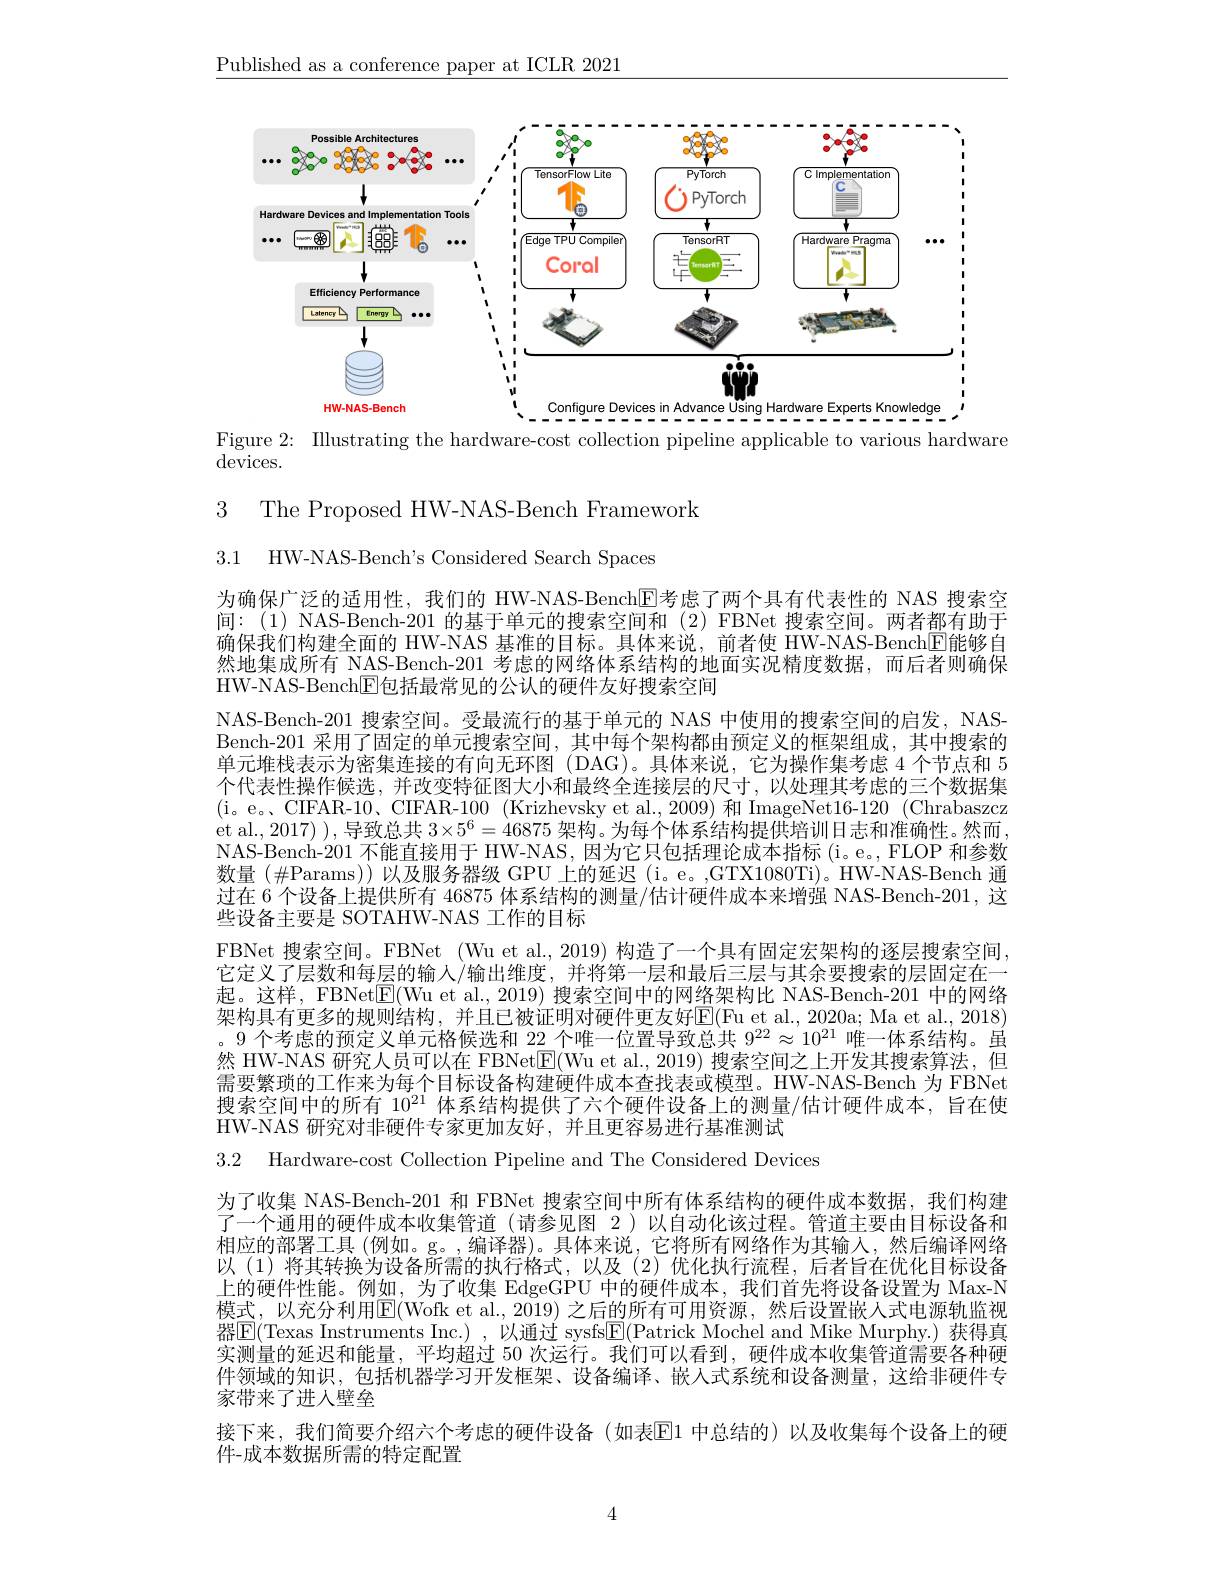
$\underline{\text{Published as a conference paper at ICLR 2021}}$

<FigureHere>
Figure 2: Illustrating the hardware-cost collection pipeline applicable to various hardware

$\operatorname{devices.}$

3

The Proposed HW-NAS-Bench Framework

3.1 HW-NAS-Bench's Considered Search Spaces

为确保广泛的适用性，我们的 HW-NAS-Bench$\overline{\mathrm{E}}$考虑了两个具有代表性的 NAS 搜索空间：(1) NAS-Bench-201 的基于单元的搜索空间和 (2) FBNet 搜索空间。两者都有助于确保我们构建全面的 HW-NAS 基准的目标。具体来说，前者使 HW-NAS-Bench$\overline{\mathrm{E}}$能够自然地集成所有 NAS-Bench-201 考虑的网络体系结构的地面实况精度数据，而后者则确保HW-NAS-Bench$\boxed{\mathrm{E}}$包括最常见的公认的硬件友好搜索空间
NAS-Bench-201 搜索空间。受最流行的基于单元的 NAS 中使用的搜索空间的启发，NASBench-201 采用了固定的单元搜索空间，其中每个架构都由预定义的框架组成，其中搜索的单元堆栈表示为密集连接的有向无环图(DAG)。具体来说，它为操作集考虑 4 个节点和 5个代表性操作候选，并改变特征图大小和最终全连接层的尺寸，以处理其考虑的三个数据集( i。e。, CIFAR- 10、 CIFAR- 100 ( Krizhevsky et al. , 2009) 和 ImageNet16-120 ( Chrabaszcz et al., 2017) ), 导致总共$3\times5^6=46875$架构。为每个体系结构提供培训日志和准确性。然而， NAS-Bench-201 不能直接用于 HW-NAS, 因为它只包括理论成本指标 (i。e。, FLOP 和参数数量$(\#$Params)) 以及服务器级 GPU 上的延迟(i。e。,GTX1080Ti)。HW-NAS-Bench 通过在 6 个设备上提供所有 46875 体系结构的测量/估计硬件成本来增强 NAS-Bench-201, 这些设备主要是 SOTAHW-NAS 工作的目标
FBNet 搜索空间。FBNet (Wu et al., 2019) 构造了一个具有固定宏架构的逐层搜索空间， 它定义了层数和每层的输人/输出维度，并将第一层和最后三层与其余要搜索的层固定在一起。这样，FBNet$\boxed{\mathrm{E}}($Wu et al., 2019) 搜索空间中的网络架构比 NAS-Bench-201 中的网络架构具有更多的规则结构，并且已被证明对硬件更友好$\overline{\mathrm{E}}($Fu et al., 2020a; Ma et al., 2018) 。9 个考虑的预定义单元格候选和 22 个唯一位置导致总共$9^{22}\approx10^{21}$唯一体系结构。虽然 HW-NAS 研究人员可以在 FBNet$\boxed{\mathrm{F}}($Wu et al.,2019) 搜索空间之上开发其搜索算法，但需要繁琐的工作来为每个目标设备构建硬件成本查找表或模型。HW-NAS-Bench 为 FBNet 搜索空间中的所有 10$^{21}$体系结构提供了六个硬件设备上的测量/估计硬件成本，旨在使HW-NAS 研究对非硬件专家更加友好，并且更容易进行基准测试

3.2 Hardware-cost Collection Pipeline and The Considered Devices

为了收集 NAS-Bench-201 和 FBNet 搜索空间中所有体系结构的硬件成本数据，我们构建了一个通用的硬件成本收集管道(请参见图 2)以自动化该过程。管道主要由目标设备和相应的部署工具 (例如。g。,编译器)。具体来说，它将所有网络作为其输入，然后编译网络以(1)将其转换为设备所需的执行格式，以及(2)优化执行流程，后者旨在优化目标设备上的硬件性能。例如 , 为了收集 EdgeGPU 中的硬件成本 ,我们首先将设备设置为 Max-N 模式，以充分利用$\boxed{\mathrm{E}}($Wofk et al.,2019)之后的所有可用资源，然后设置嵌人式电源轨监视器$\boxed{\mathrm{E}}($Texas Instruments Inc.) ,以通过 sysfs$\boxed{\mathrm{F}}($Patrick Mochel and Mike Murphy.) 获得真实测量的延迟和能量，平均超过 50 次运行。我们可以看到，硬件成本收集管道需要各种硬件领域的知识，包括机器学习开发框架、设备编译、嵌人式系统和设备测量，这给非硬件专家带来了进人壁垒
接下来，我们简要介绍六个考虑的硬件设备(如表$\mathbb{E}$1 中总结的)以及收集每个设备上的硬
件-成本数据所需的特定配置

4